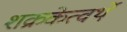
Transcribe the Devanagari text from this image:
शक्रकेत्वर्थे